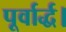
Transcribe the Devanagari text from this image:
पूर्वार्द्ध।